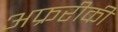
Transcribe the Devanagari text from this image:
अफ्ररीकी